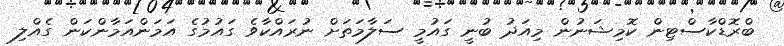
ބްރޮޑްކާސްޓިން ކޮމިޝަނުން މިއަދު ބުނީ ގައުމީ ސަލާމަތަށް ނުރައްކާވެ ގައުމުގެ އަމަންއަމާންކަން ގެއްލި